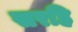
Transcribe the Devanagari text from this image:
सरहि